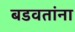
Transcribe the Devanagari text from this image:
बडवतांना